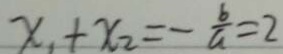
x _ { 1 } + x _ { 2 } = - \frac { b } { a } = 2